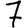
Digit: 7